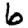
Digit: 6